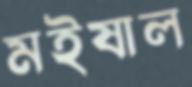
মইষাল